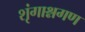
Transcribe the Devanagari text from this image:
शृंगाश्नगण